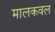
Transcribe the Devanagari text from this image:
मालकवल